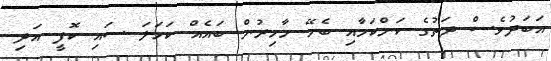
އަބަދުވެސް ދަތުގެ ކަންކަމާއި ބެހޭ މާހިރުން ބައެއް ކަހަލަ ސައި ކޮފީ އަދި